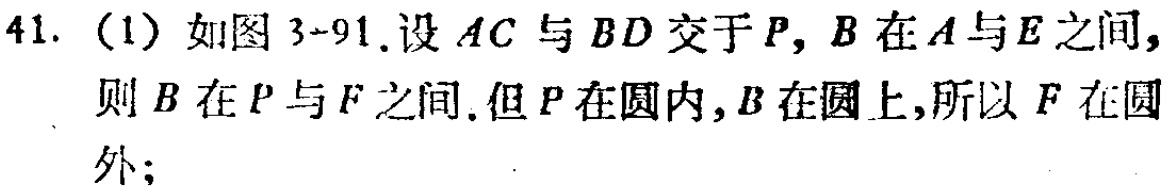
41. (1) 如图3-91.设 \(AC\) 与 \(BD\) 交于 \(P\), \(B\) 在 \(A\) 与 \(E\) 之间，则 \(B\) 在 \(P\) 与 \(F\) 之间.但 \(P\) 在圆内, \(B\) 在圆上,所以 \(F\) 在圆外;